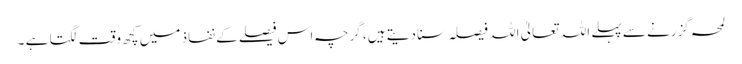
لمحہ گزرنے سے پہلے اللہ تعالیٰ اللہ فیصلہ سنا دیتے ہیں، گرچہ اس فیصلے کے نفاذ میں کچھ وقت لگتا ہے ۔